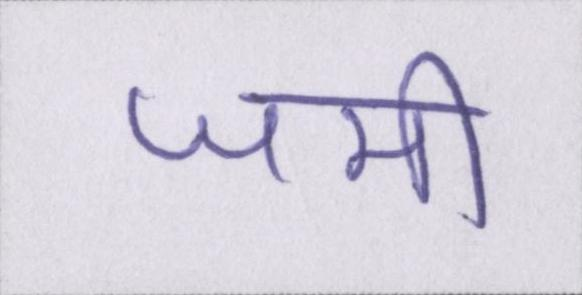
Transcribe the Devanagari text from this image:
जमी